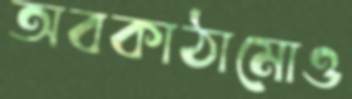
অবকাঠামোও